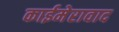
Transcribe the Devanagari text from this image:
काईमेरावाद